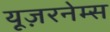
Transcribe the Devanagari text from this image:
यूज़रनेम्स